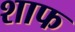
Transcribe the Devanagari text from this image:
शाफ